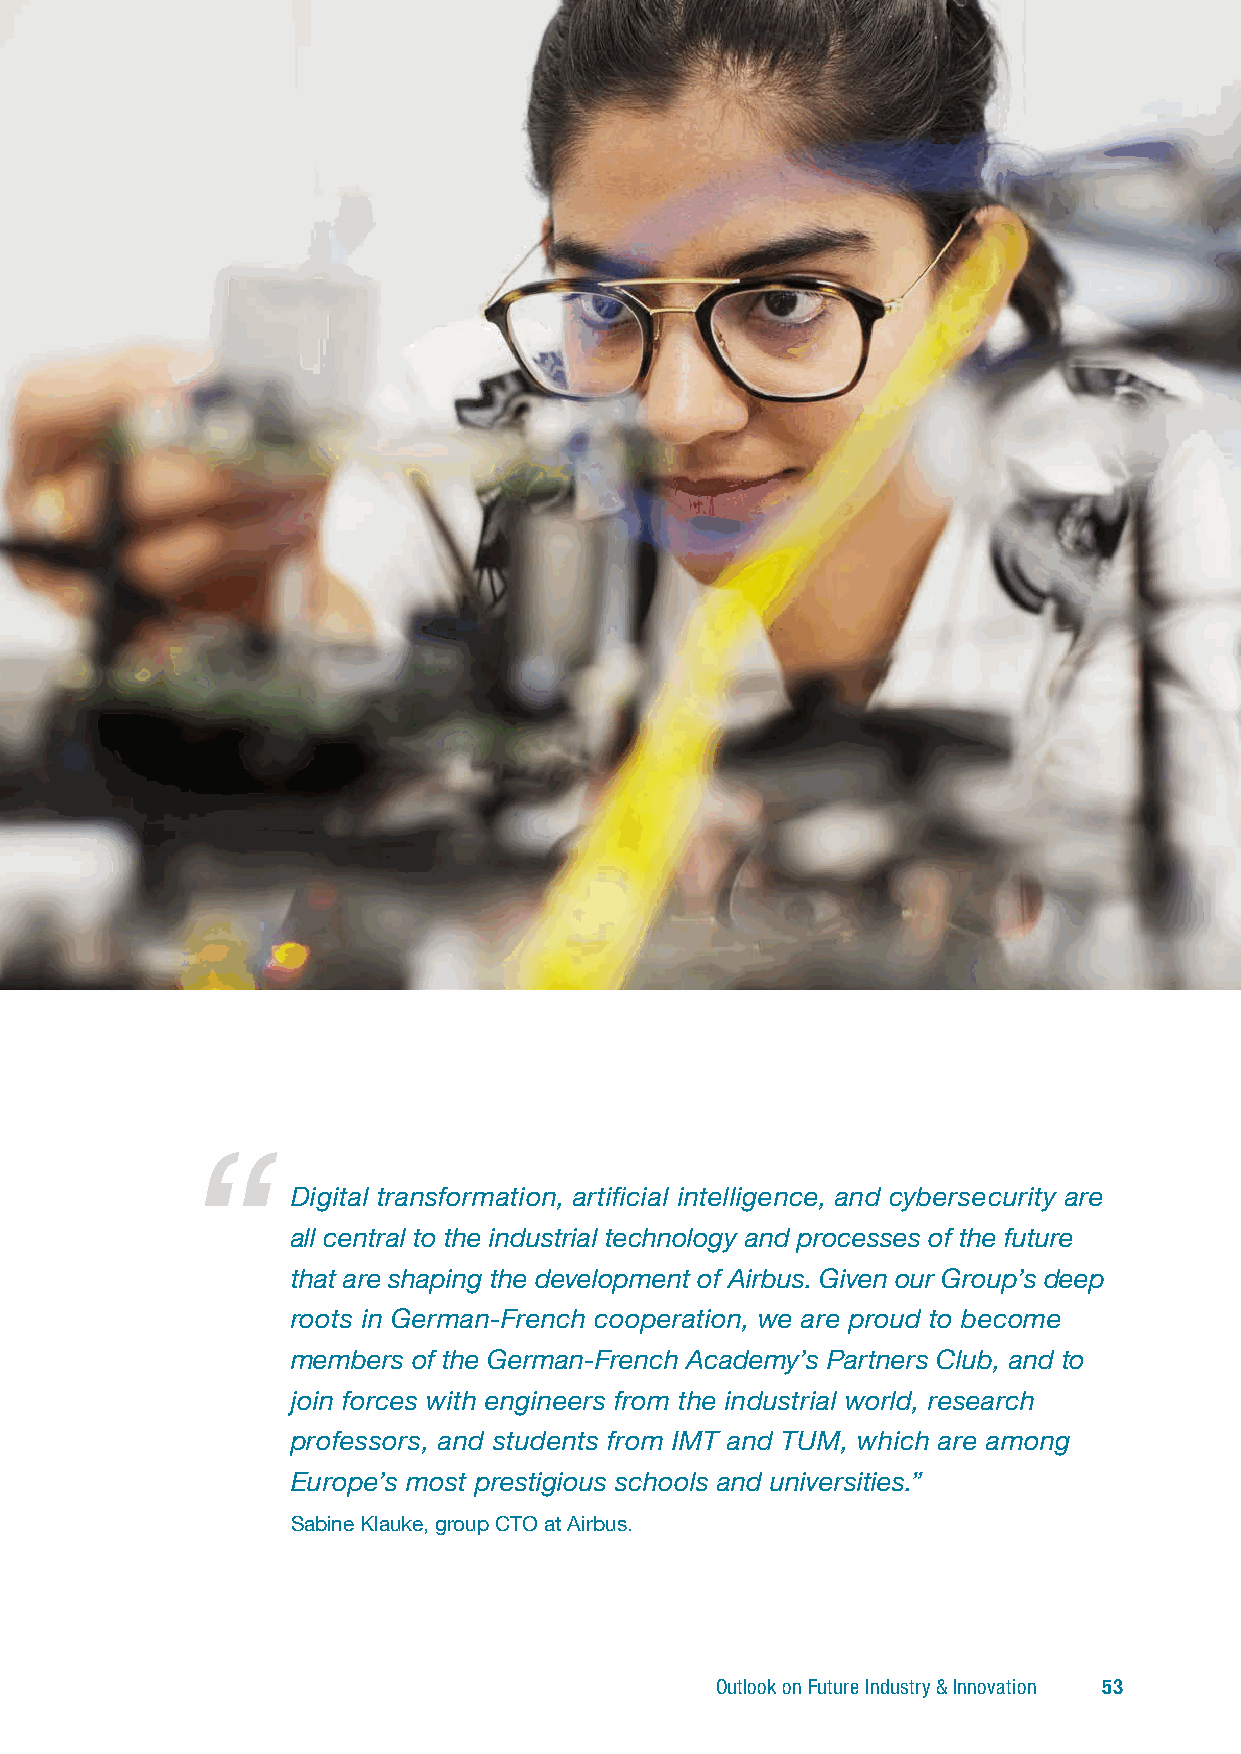
Digital transformation, artificial intelligence, and cybersecurity are
 all central to the industrial technology and processes of the future
 that are shaping the development of Airbus. Given our Group’s deep
 roots in German-French cooperation, we are proud to become
 members of the German-French Academy’s Partners Club, and to
 join forces with engineers from the industrial world, research
 professors, and students from IMT and TUM, which are among
 Europe’s most prestigious schools and universities.”
 Sabine Klauke, group CTO at Airbus.
 Outlook on Future Industry & Innovation 53